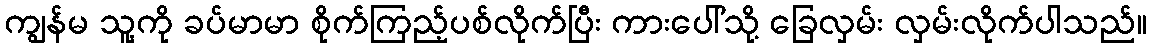
ကျွန်မ သူ့ကို ခပ်မာမာ စိုက်ကြည့်ပစ်လိုက်ပြီး ကားပေါ်သို့ ခြေလှမ်း လှမ်းလိုက်ပါသည်။